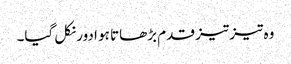
وہ تیز تیز قدم بڑھاتا ہو ادور نکل گیا۔